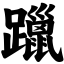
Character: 躐